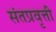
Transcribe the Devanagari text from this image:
संतप्रवृत्ती